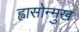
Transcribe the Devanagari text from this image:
ह्वासोन्मुख